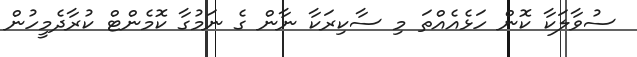
ސުވާލަކާ ކޮން ހަޅެއެއްތަ މި ސާކިރަކާ ނާން ގެ ނަމުގާ ކޮމެންޓް ކުރާދެމީހުން